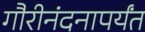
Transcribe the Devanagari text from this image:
गौरीनंदनापर्यंत